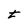
Character: t